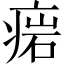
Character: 𤷳